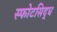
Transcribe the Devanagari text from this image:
स्फोटसिद्ध